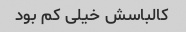
کالباسش خیلی کم بود